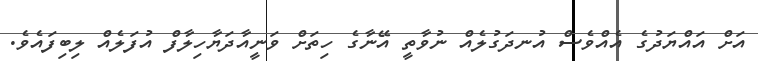
އަށް އައްޔަދުގެ އެއްވެސް އުނދަގުލެއް ނުވާތީ އޭނާގެ ހިތަށް ވަނީއާދަޔާހިލާފް އުފަލެއް ލިބިފައެވެ.